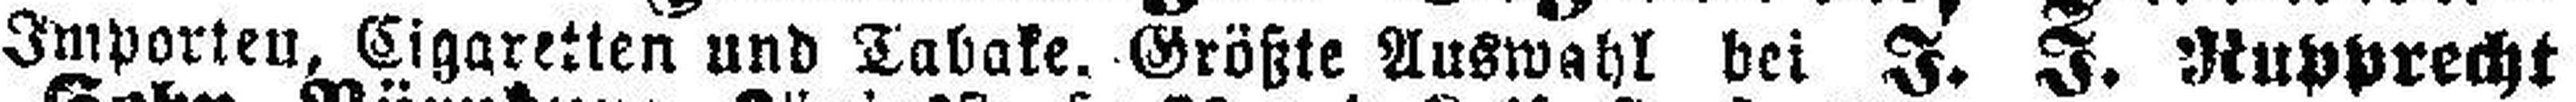
Importen, Cigaretten und Tabake. Größte Auswahl bei J. J. Rupprecht